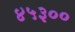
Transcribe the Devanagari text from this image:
४५३००